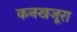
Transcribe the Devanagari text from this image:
कनखजूरा